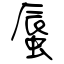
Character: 蜃